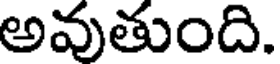
అవుతుంది.